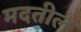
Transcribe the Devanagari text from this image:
मदतील